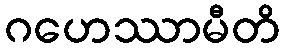
ဂဟေဿာမီတိ